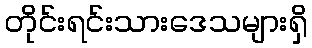
တိုင်းရင်းသားဒေသများရှိ